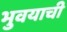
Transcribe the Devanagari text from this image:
भुवयाची